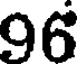
96